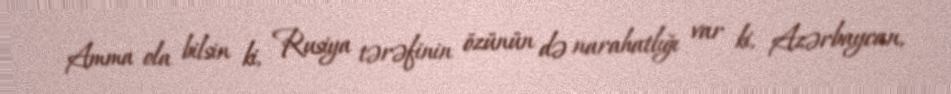
Amma ola bilsin ki, Rusiya tərəfinin özünün də narahatlığı var ki, Azərbaycan,